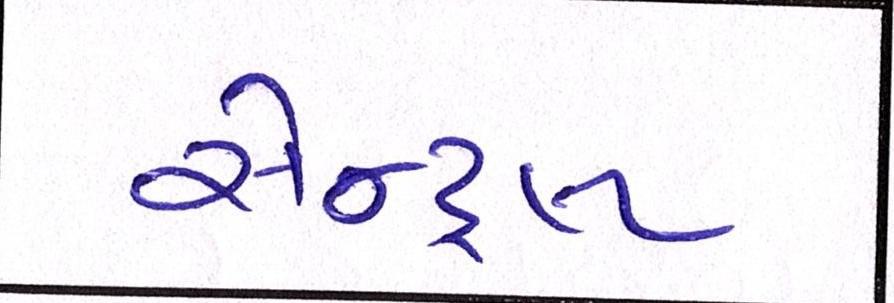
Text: સેન્ટ્રલ